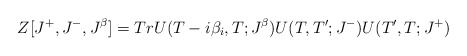
\begin{align*}Z[J^+, J^-, J^{\beta}]= Tr U(T-i\beta_i,T;J^{\beta})U(T,T';J^-)U(T',T;J^+)\end{align*}